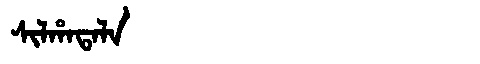
Manchu: ᠰᡳᠯᡥᠠᡨᠠᠯᠠ
Romanization: SILHATALA